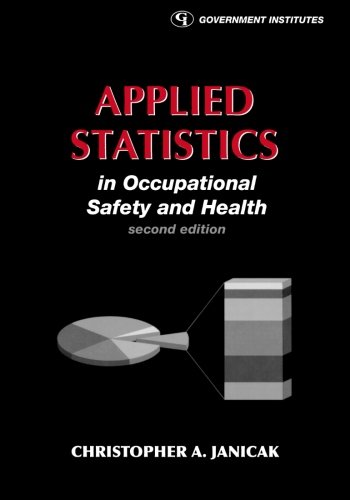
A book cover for Applied Statistics in Occupational Safety and Health; Christopher A. Janicak; Engineering & Transportation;